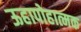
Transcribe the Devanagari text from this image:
ऊहापोहात्मक